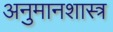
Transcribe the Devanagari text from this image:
अनुमानशास्त्र